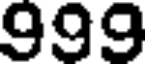
999